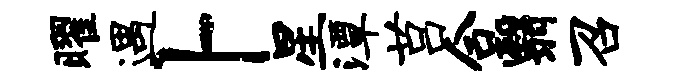
曜遇卜星潭莒合翳召